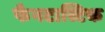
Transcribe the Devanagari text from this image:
फैनटास्टिक